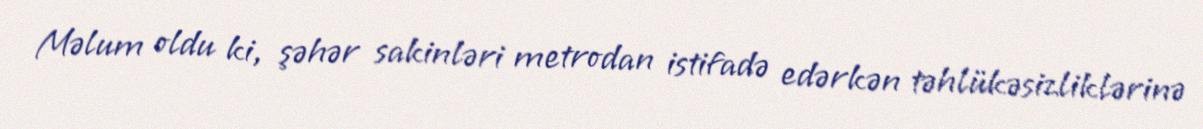
Məlum oldu ki, şəhər sakinləri metrodan istifadə edərkən təhlükəsizliklərinə